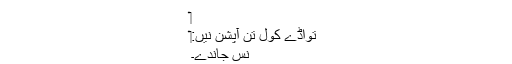
‏
تواڈے کول تِن آپشن نیں:‏
نس جاندے۔